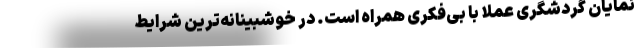
نمایان گردشگری عملا با بی‌فکری همراه است. در خوشبینانه‌ترین شرایط